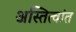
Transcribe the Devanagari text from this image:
अस्तित्वांत